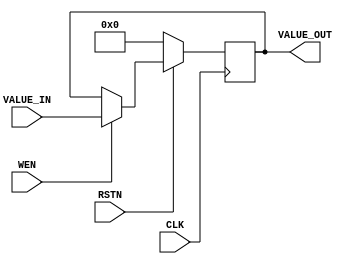
`default_nettype none

// A simple register with an accessible Write signal. The  WEN  signal can be connected to an
// external bridge, so that Software can overwrite this register via AXI bus
module RW_REG #(
    // Data width
    parameter DATA_WIDTH    = 32,
    // Does it have reset signal?
    parameter HAS_RESET     = 1
)
(
    input wire                      CLK,
    input wire                      RSTN,
    input wire                      WEN,
    input wire [DATA_WIDTH-1:0]     VALUE_IN,
    output wire [DATA_WIDTH-1:0]    VALUE_OUT
);

    reg [DATA_WIDTH-1:0]    reg_value;
    wire                    reg_rstn;

    // Filter input reset when  HAS_RESET  is cleared
    generate
        if(HAS_RESET == 1) begin
            assign reg_rstn = RSTN;
        end
        else begin
            assign reg_rstn = 1'b1;
        end
    endgenerate

    always @(posedge CLK) begin
        if(!reg_rstn) begin
            reg_value <= {DATA_WIDTH{1'b0}};
        end
        else if(WEN) begin
            reg_value <= VALUE_IN;
        end
    end

    // Pinout
    assign VALUE_OUT = reg_value;
endmodule

`default_nettype wire